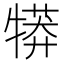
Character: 𤛘